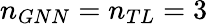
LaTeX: n_{GNN}=n_{TL}=3